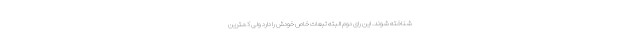
شناخته شوند. این رای دوم البته تبعات خاص خودش را دارد ولی کمترین